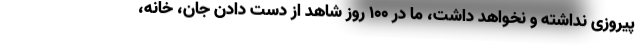
پیروزی نداشته و نخواهد داشت، ما در ۱۰۰ روز شاهد از دست دادن جان، خانه،